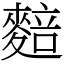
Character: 䴺